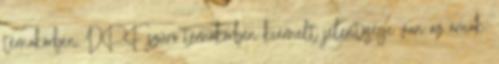
témakörben. DPF szűrő témakörben kiemelt jelentősége van az árnak.